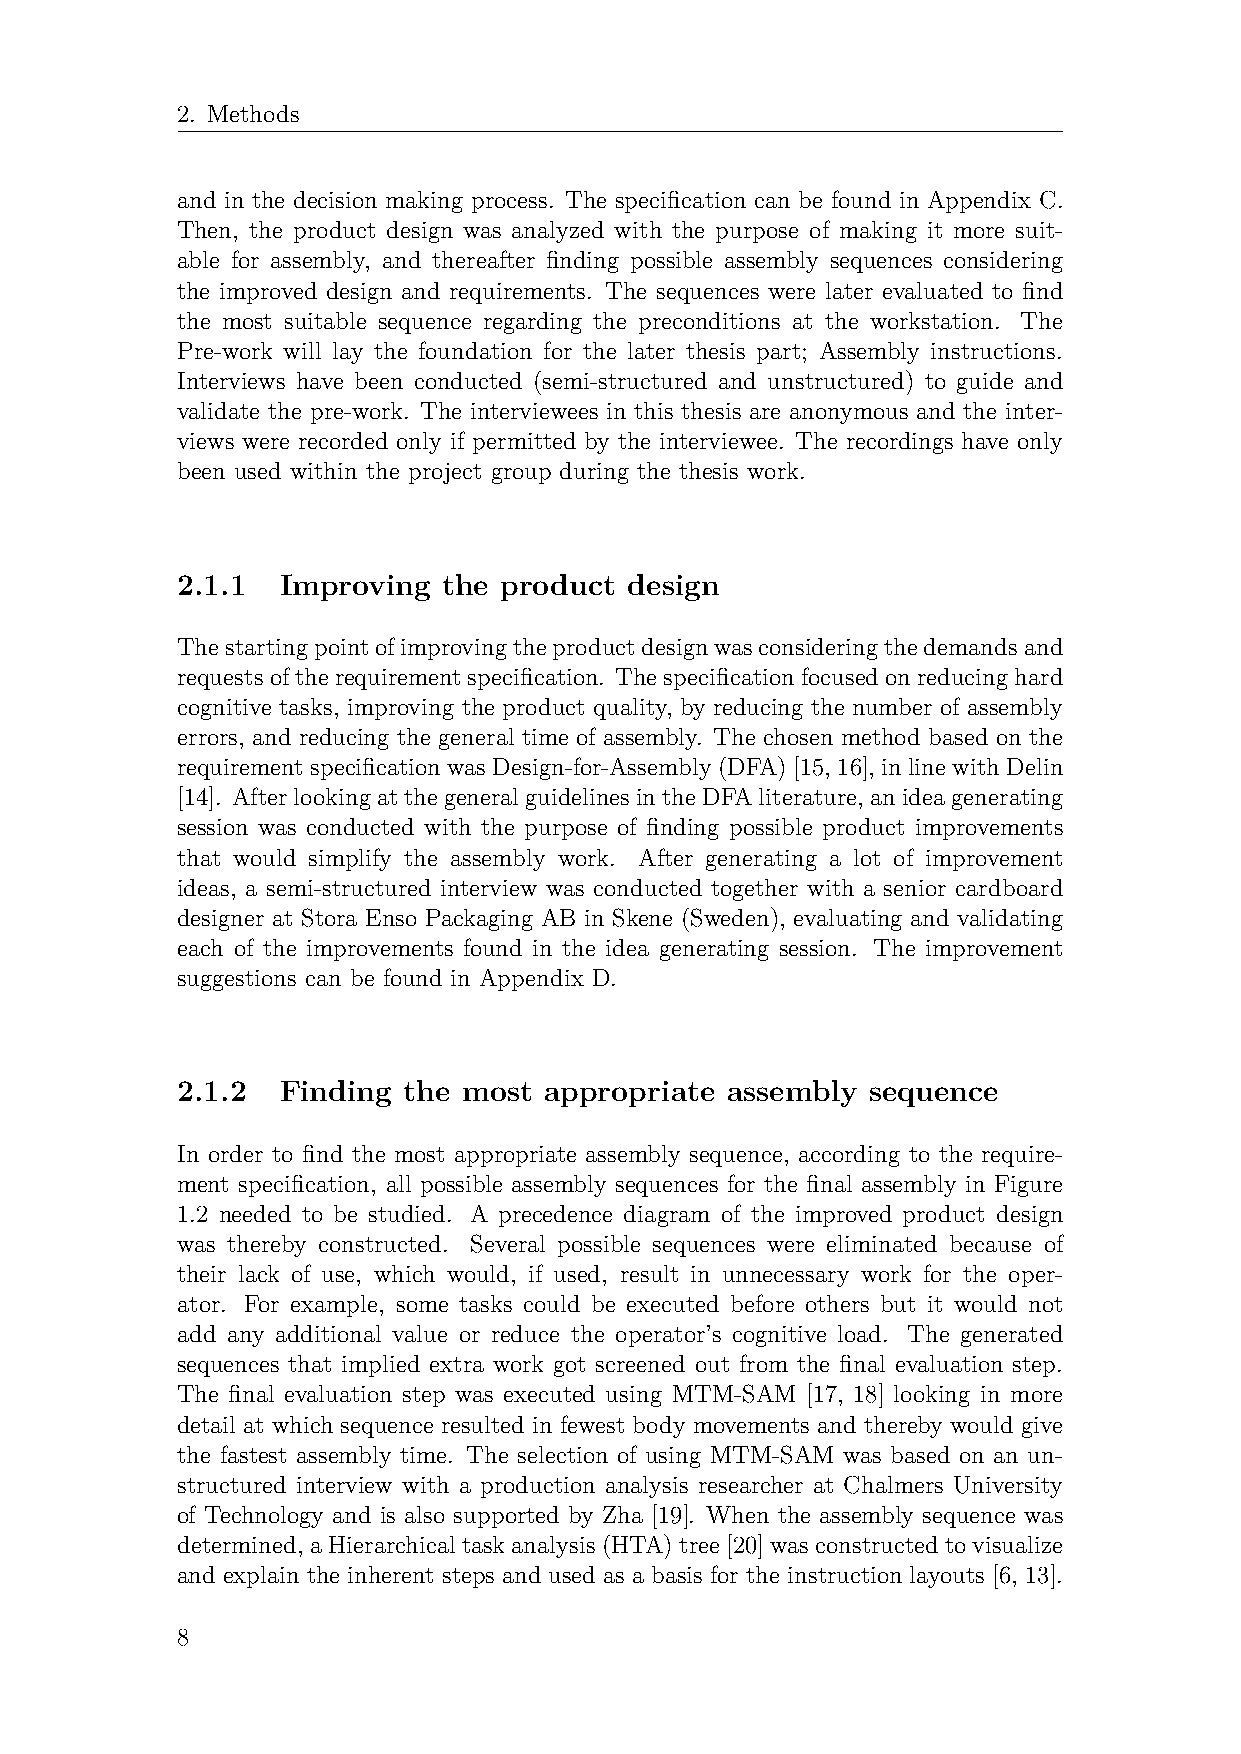
2. Methods
 and in the decision making process. The specification can be found in Appendix C.
 Then, the product design was analyzed with the purpose of making it more suit-
 able for assembly, and thereafter finding possible assembly sequences considering
 the improved design and requirements. The sequences were later evaluated to find
 the most suitable sequence regarding the preconditions at the workstation. The
 Pre-work will lay the foundation for the later thesis part; Assembly instructions.
 Interviews have been conducted (semi-structured and unstructured) to guide and
 validate the pre-work. The interviewees in this thesis are anonymous and the inter-
 views were recorded only if permitted by the interviewee. The recordings have only
 been used within the project group during the thesis work.
 2.1.1  Improving the product  design
 Thestartingpointofimprovingtheproductdesignwasconsideringthedemandsand
 requestsoftherequirementspecification. Thespecificationfocusedonreducinghard
 cognitive tasks, improving the product quality, by reducing the number of assembly
 errors, and reducing the general time of assembly. The chosen method based on the
 requirement specification was Design-for-Assembly (DFA) [15, 16], in line with Delin
 [14]. AfterlookingatthegeneralguidelinesintheDFAliterature, anideagenerating
 session was conducted with the purpose of finding possible product improvements
 that would simplify the assembly work. After generating a lot of improvement
 ideas, a semi-structured interview was conducted together with a senior cardboard
 designer at Stora Enso Packaging AB in Skene (Sweden), evaluating and validating
 each of the improvements found in the idea generating session. The improvement
 suggestions can be found in Appendix D.
 2.1.2  Finding the most appropriate assembly  sequence
 In order to find the most appropriate assembly sequence, according to the require-
 ment specification, all possible assembly sequences for the final assembly in Figure
 1.2 needed to be studied. A precedence diagram of the improved product design
 was thereby constructed. Several possible sequences were eliminated because of
 their lack of use, which would, if used, result in unnecessary work for the oper-
 ator. For example, some tasks could be executed before others but it would not
 add any additional value or reduce the operator’s cognitive load. The generated
 sequences that implied extra work got screened out from the final evaluation step.
 The final evaluation step was executed using MTM-SAM [17, 18] looking in more
 detail at which sequence resulted in fewest body movements and thereby would give
 the fastest assembly time. The selection of using MTM-SAM was based on an un-
 structured interview with a production analysis researcher at Chalmers University
 of Technology and is also supported by Zha [19]. When the assembly sequence was
 determined, aHierarchicaltaskanalysis(HTA)tree[20]wasconstructedtovisualize
 and explain the inherent steps and used as a basis for the instruction layouts [6, 13].
 8